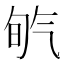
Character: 𣱡